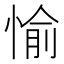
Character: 愉